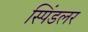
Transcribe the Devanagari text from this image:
स्पिंडलर